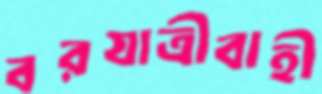
বরযাত্রীবাহী